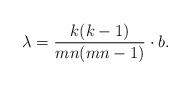
LaTeX: \begin{align*}\lambda= \frac{k(k-1)}{mn(mn-1)}\cdot b.\end{align*}